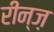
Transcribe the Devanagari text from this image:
रीन्ज़